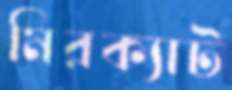
মিরক্যাট